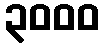
၃၀၀၀